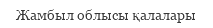
Жамбыл облысы қалалары